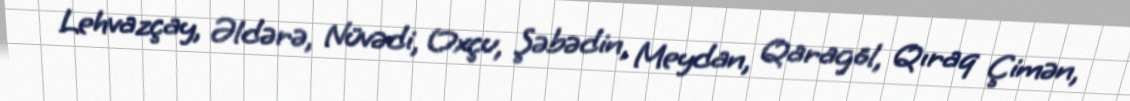
Lehvazçay, Əldərə, Nüvədi, Oxçu, Şəbədin, Meydan, Qaragöl, Qıraq Çimən,